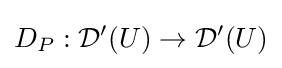
D_{P}:{\mathcal {D}}'(U)\to {\mathcal {D}}'(U)